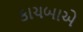
કાચબાએ